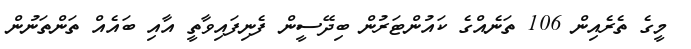
މީގެ ތެރެއިން 106 ތަނެއްގެ ކައުންޓަރުން ބިދޭސީން ފެނިފައިވާތީ އާއި ބައެއް ތަންތަނުން